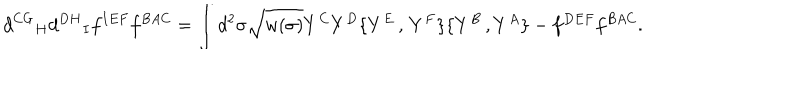
{ d ^ { C G } } _ { H } { d ^ { D H } } _ { I } f ^ { I E F } f ^ { B A C } = \int d ^ { 2 } \sigma \sqrt { w ( \sigma ) } Y ^ { C } Y ^ { D } \{ Y ^ { E } \, , \, Y ^ { F } \} \{ Y ^ { B } \, , Y ^ { A } \} { } - f ^ { D E F } f ^ { B A C } .